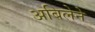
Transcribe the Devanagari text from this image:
अबिलेने